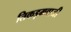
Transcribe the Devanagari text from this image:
तिकड़मबाजी